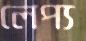
লেপ্য